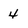
Character: 4